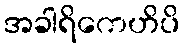
အခါရိကေဟိပိ